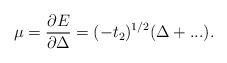
LaTeX: \begin{align*}\mu = \frac{\partial E}{\partial \Delta} = (-t_{2})^{1/2} (\Delta +...).\end{align*}